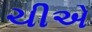
ચીએ